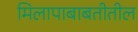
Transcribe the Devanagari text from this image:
मिलापाबाबतीतील